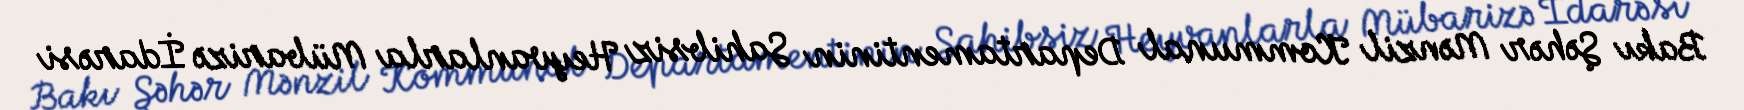
Bakı Şəhər Mənzil Kommunal Departamentinin Sahibsiz Heyvanlarla Mübarizə İdarəsi